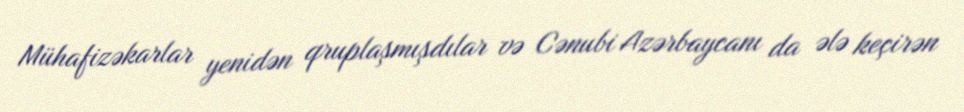
Mühafizəkarlar yenidən qruplaşmışdılar və Cənubi Azərbaycanı da ələ keçirən